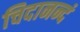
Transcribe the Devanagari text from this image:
चिदानन्दं